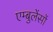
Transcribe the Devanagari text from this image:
एम्बुलेंसों